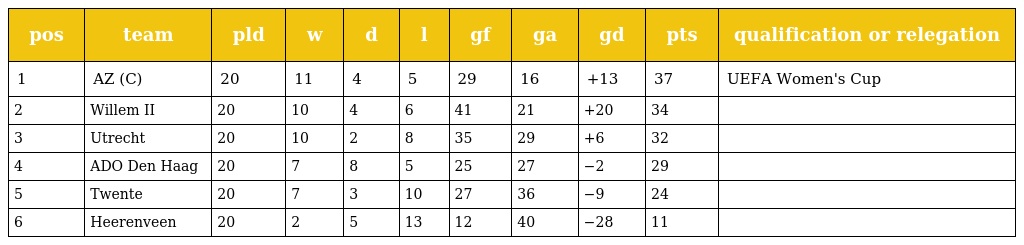
| pos | team | pld | w | d | l | gf | ga | gd | pts | qualification or relegation |
 | --- | --- | --- | --- | --- | --- | --- | --- | --- | --- | --- |
 | 1 | AZ (C) | 20 | 11 | 4 | 5 | 29 | 16 | +13 | 37 | UEFA Women's Cup |
 | 2 | Willem II | 20 | 10 | 4 | 6 | 41 | 21 | +20 | 34 |  |
 | 3 | Utrecht | 20 | 10 | 2 | 8 | 35 | 29 | +6 | 32 |  |
 | 4 | ADO Den Haag | 20 | 7 | 8 | 5 | 25 | 27 | −2 | 29 |  |
 | 5 | Twente | 20 | 7 | 3 | 10 | 27 | 36 | −9 | 24 |  |
 | 6 | Heerenveen | 20 | 2 | 5 | 13 | 12 | 40 | −28 | 11 |  |